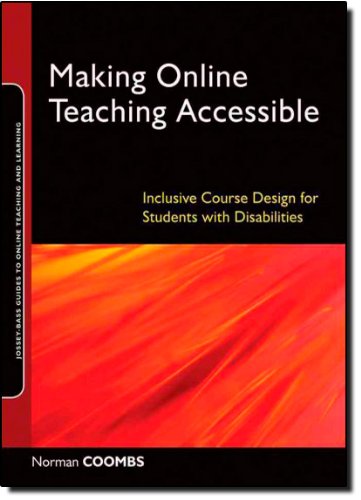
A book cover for Making Online Teaching Accessible: Inclusive Course Design for Students with Disabilities; Norman Coombs; Education & Teaching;